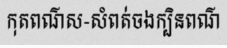
កុតពណ៌ស-សំពត់ចងក្បិនពណ៌